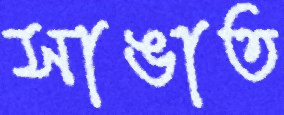
সাঙাত